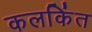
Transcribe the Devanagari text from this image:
कलकिंत